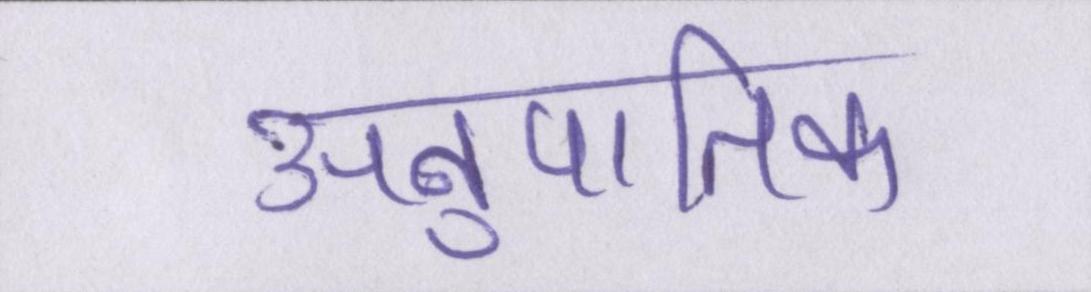
अनुपातिक